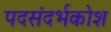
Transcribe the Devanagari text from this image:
पदसंदर्भकोश